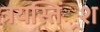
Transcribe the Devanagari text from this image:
त्रयस्तिं्रश